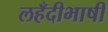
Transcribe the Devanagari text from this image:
लहँदीभाषी